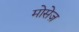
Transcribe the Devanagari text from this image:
मोसेज़